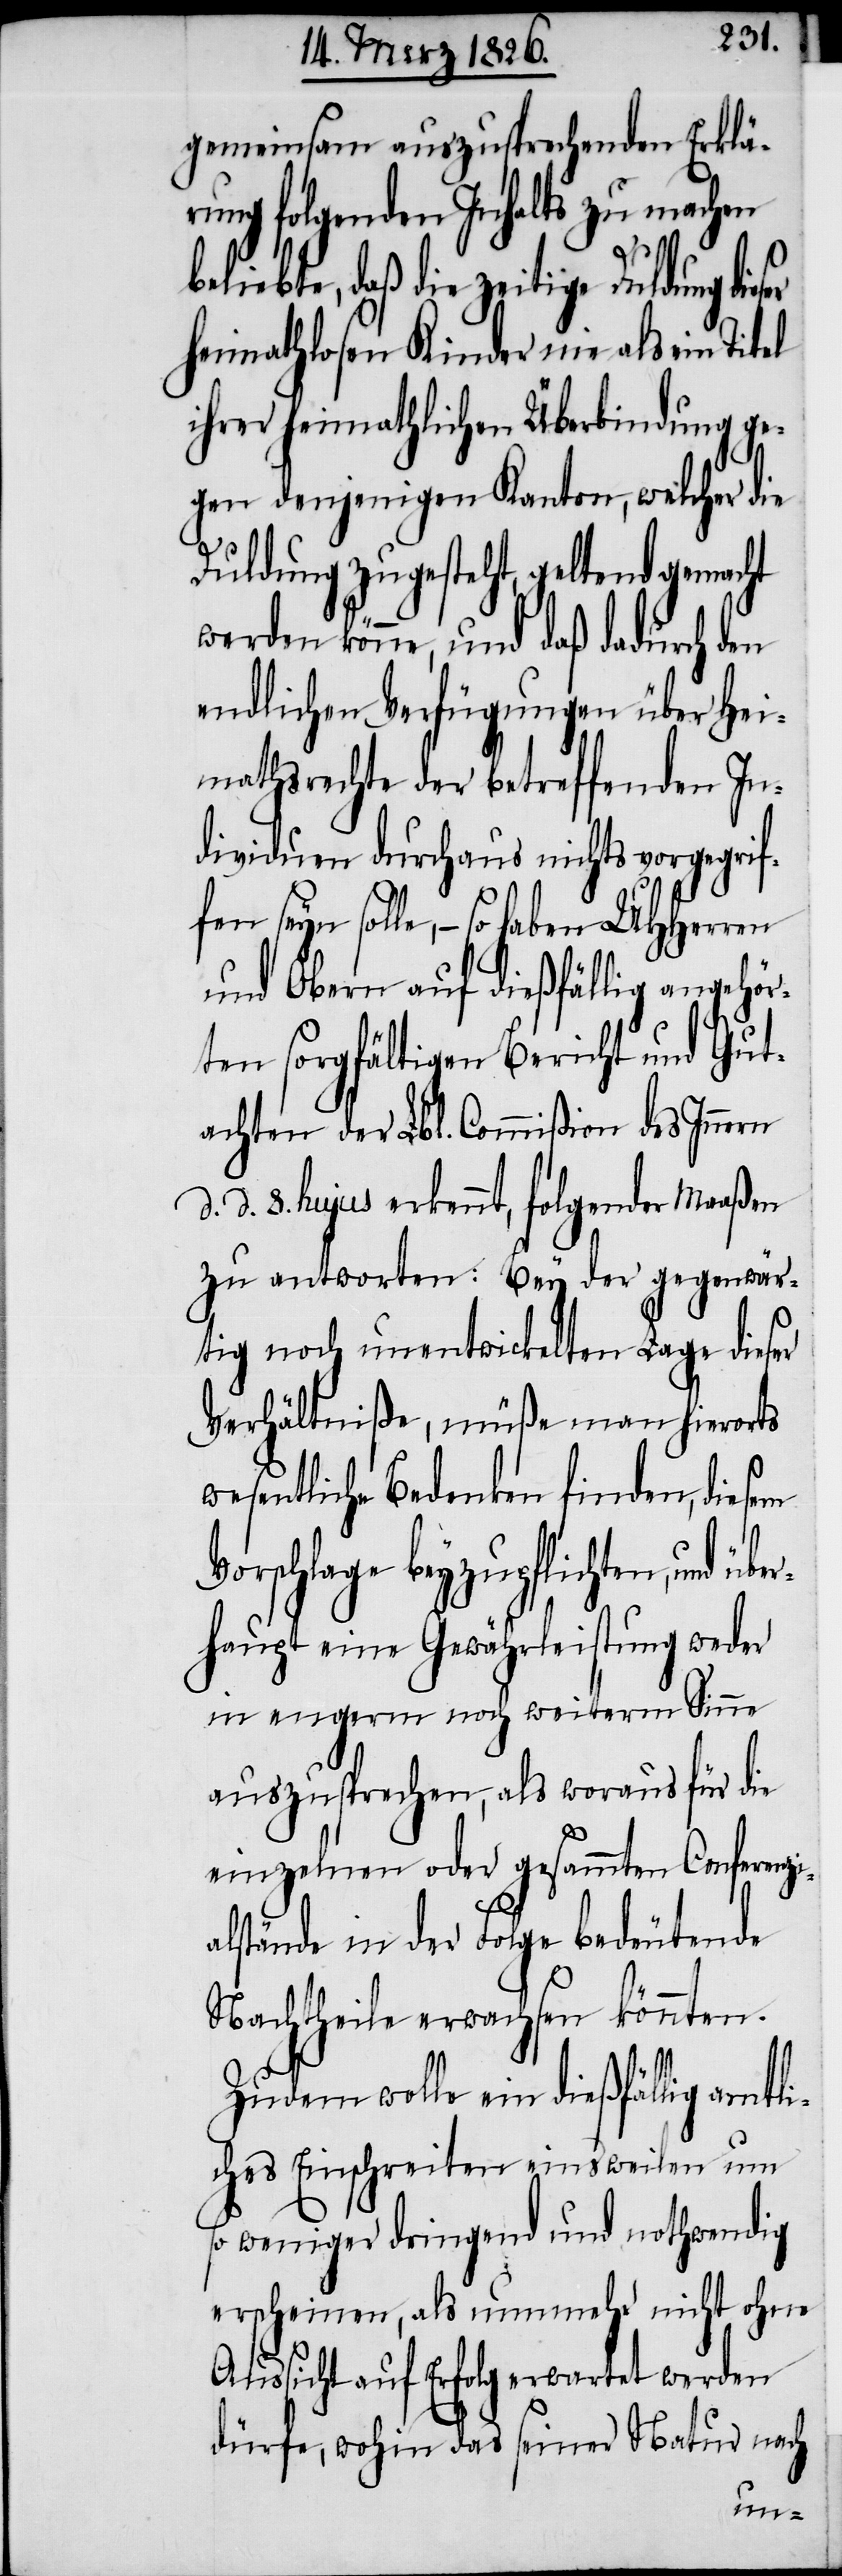
gemeinsam auszusprechenden Erklä¬
rung folgenden Inhalts zu machen
liebte, daß die zeitige Duldung die¬
heimathlosen Kinder nie als ein Titel
ihrer heimathlichen Überbindung ge¬
gen denjenigen Kanton, welcher die
Duldung zugesteht, geltend gemacht
werden könne, und daß dadurch den
endlichen Verfügungen über Hei¬
mathsrechte der betreffenden In¬
dividuen durchaus nichts vorgegrif¬
fen seyn solle, – so haben
und Obern auf dießfällig angehör¬
ten sorgfältigen Bericht und Gut¬
achten der Lbl. Commißion des Innern
d. 8. hujus erkennt, folgender Maaßen
zu antworten: Bey der gegenwär¬
tig noch unentwickelten Lage dieser
Verhältniße, müße man hierorts
wesentliche Bedenken finden, diesem
Vorschlage beyzupflichten, und
haupt eine Gewährleistung weder
in engerm noch weiterm Sinne
auszusprechen, als woraus für die
einzelnen oder gesammten Conferenz¬
alstände in der Folge bedeutende
Nachtheile erwachsen könnten.
Zudem wolle ein dießfällig amtl¬
iches Einschreiten einsweilen um
so weniger dringend und nothwendig
erscheinen, als nunmehr nicht ohne
Aussicht auf Erfolg erwartet werden
dürfe, wohin das seiner Natur nach
i¬